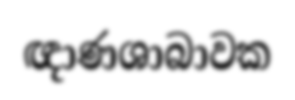
ඥාණශාබාවක